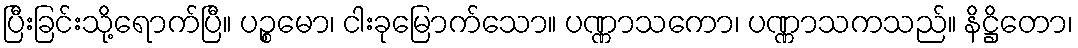
ပြီးခြင်းသို့ရောက်ပြီ။ ပဉ္စမော၊ ငါးခုမြောက်သော။ ပဏ္ဏာသကော၊ ပဏ္ဏာသကသည်။ နိဋ္ဌိတော၊